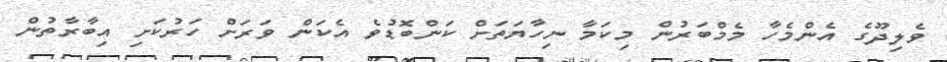
ވެލިދޫގެ އެންމެހާ މެމްބަރުން މިކަމާ ނިހާޔަތަށް ކަންބޮޑުވެ އެކަން ވަރަށް ހަރުކަށި އިބާރާތުން